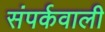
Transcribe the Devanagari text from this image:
संपर्कवाली